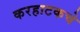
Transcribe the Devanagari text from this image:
करहाटकचे